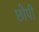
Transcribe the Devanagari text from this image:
छोपी